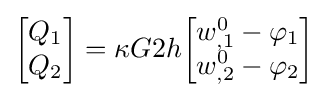
{\begin{bmatrix}Q_{1}\\Q_{2}\end{bmatrix}}=\kappa G2h{\begin{bmatrix}w_{,1}^{0}-\varphi _{1}\\w_{,2}^{0}-\varphi _{2}\end{bmatrix}}